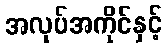
အလုပ်အကိုင်နှင့်